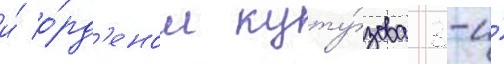
и́ о́рд'еном куту́зова 3-и́